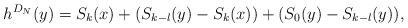
LaTeX: \begin{align*}h^{D_{N}}(y)=S_{k}(x)+(S_{k-l}(y)-S_{k}(x))+(S_{0}(y)-S_{k-l}(y)),\end{align*}